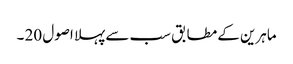
ماہرین کے مطابق سب سے پہلا اصول 20 ۔